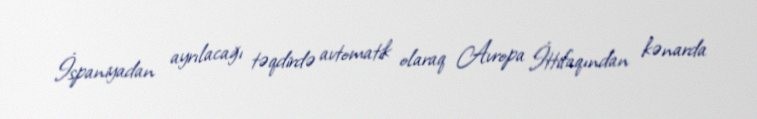
İspaniyadan ayrılacağı təqdirdə avtomatik olaraq Avropa İttifaqından kənarda